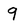
Character: 9